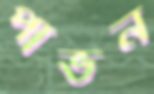
পাভন